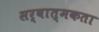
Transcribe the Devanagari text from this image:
सर्वात्मकता